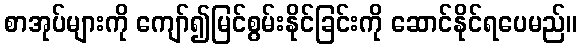
စာအုပ်များကို ကျော်၍မြင်စွမ်းနိုင်ခြင်းကို ဆောင်နိုင်ရပေမည်။